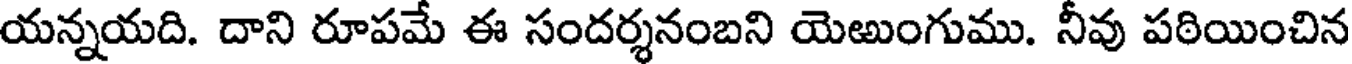
యన్నయది. దాని రూపమే ఈ సందర్శనంబని యెఱుంగుము. నీవు పఠియించిన